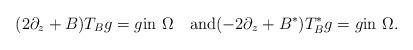
\begin{align*}(2\partial_z+B)T_{B}g=g\mbox{in}\,\,\Omega \quad\mbox{and}(-2\partial_{ z}+B^*)T^*_{B}g=g\mbox{in}\,\,\Omega.\end{align*}